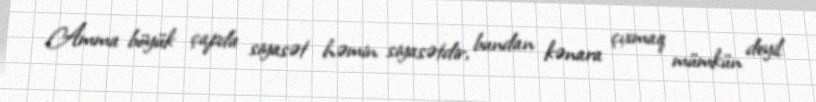
Amma böyük çapda siyasət həmin siyasətdir, bundan kənara çıxmaq mümkün deyil: